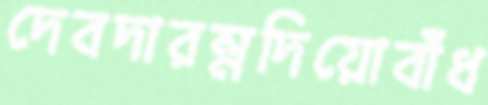
দেবদারম্নদিয়োবাঁধ